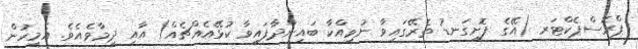
ޕްރޮސްޕެކްޓަރ (އޭގެ ފޮށިގަނޑު ތެރޭގައިވާ ނުވިއްކާ ބައިންދާފައިވާ ކުޅޭއެއްޗެއް) އާއި ދިމާވެއެވެ. އެމީހުން